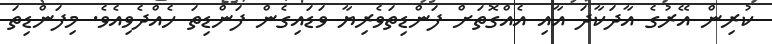
ކުރިން އޭރުގެ އާދަކާދަ އާއި އެއްގޮތަށް ފަންޑިތަވެރިޔާ ވަޑައިގެން ފަންޑިތަ ހެއްދެވިއެވެ. މިފަންޑިތަ